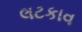
લટકાવ